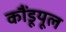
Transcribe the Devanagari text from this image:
कौंडूयूल